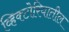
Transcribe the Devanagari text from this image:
व्हिक्टोरियातील